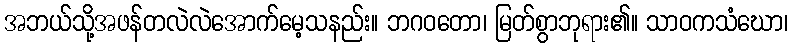
အဘယ်သို့အဖန်တလဲလဲအောက်မေ့သနည်း။ ဘဂဝတော၊ မြတ်စွာဘုရား၏။ သာဝကသံဃော၊